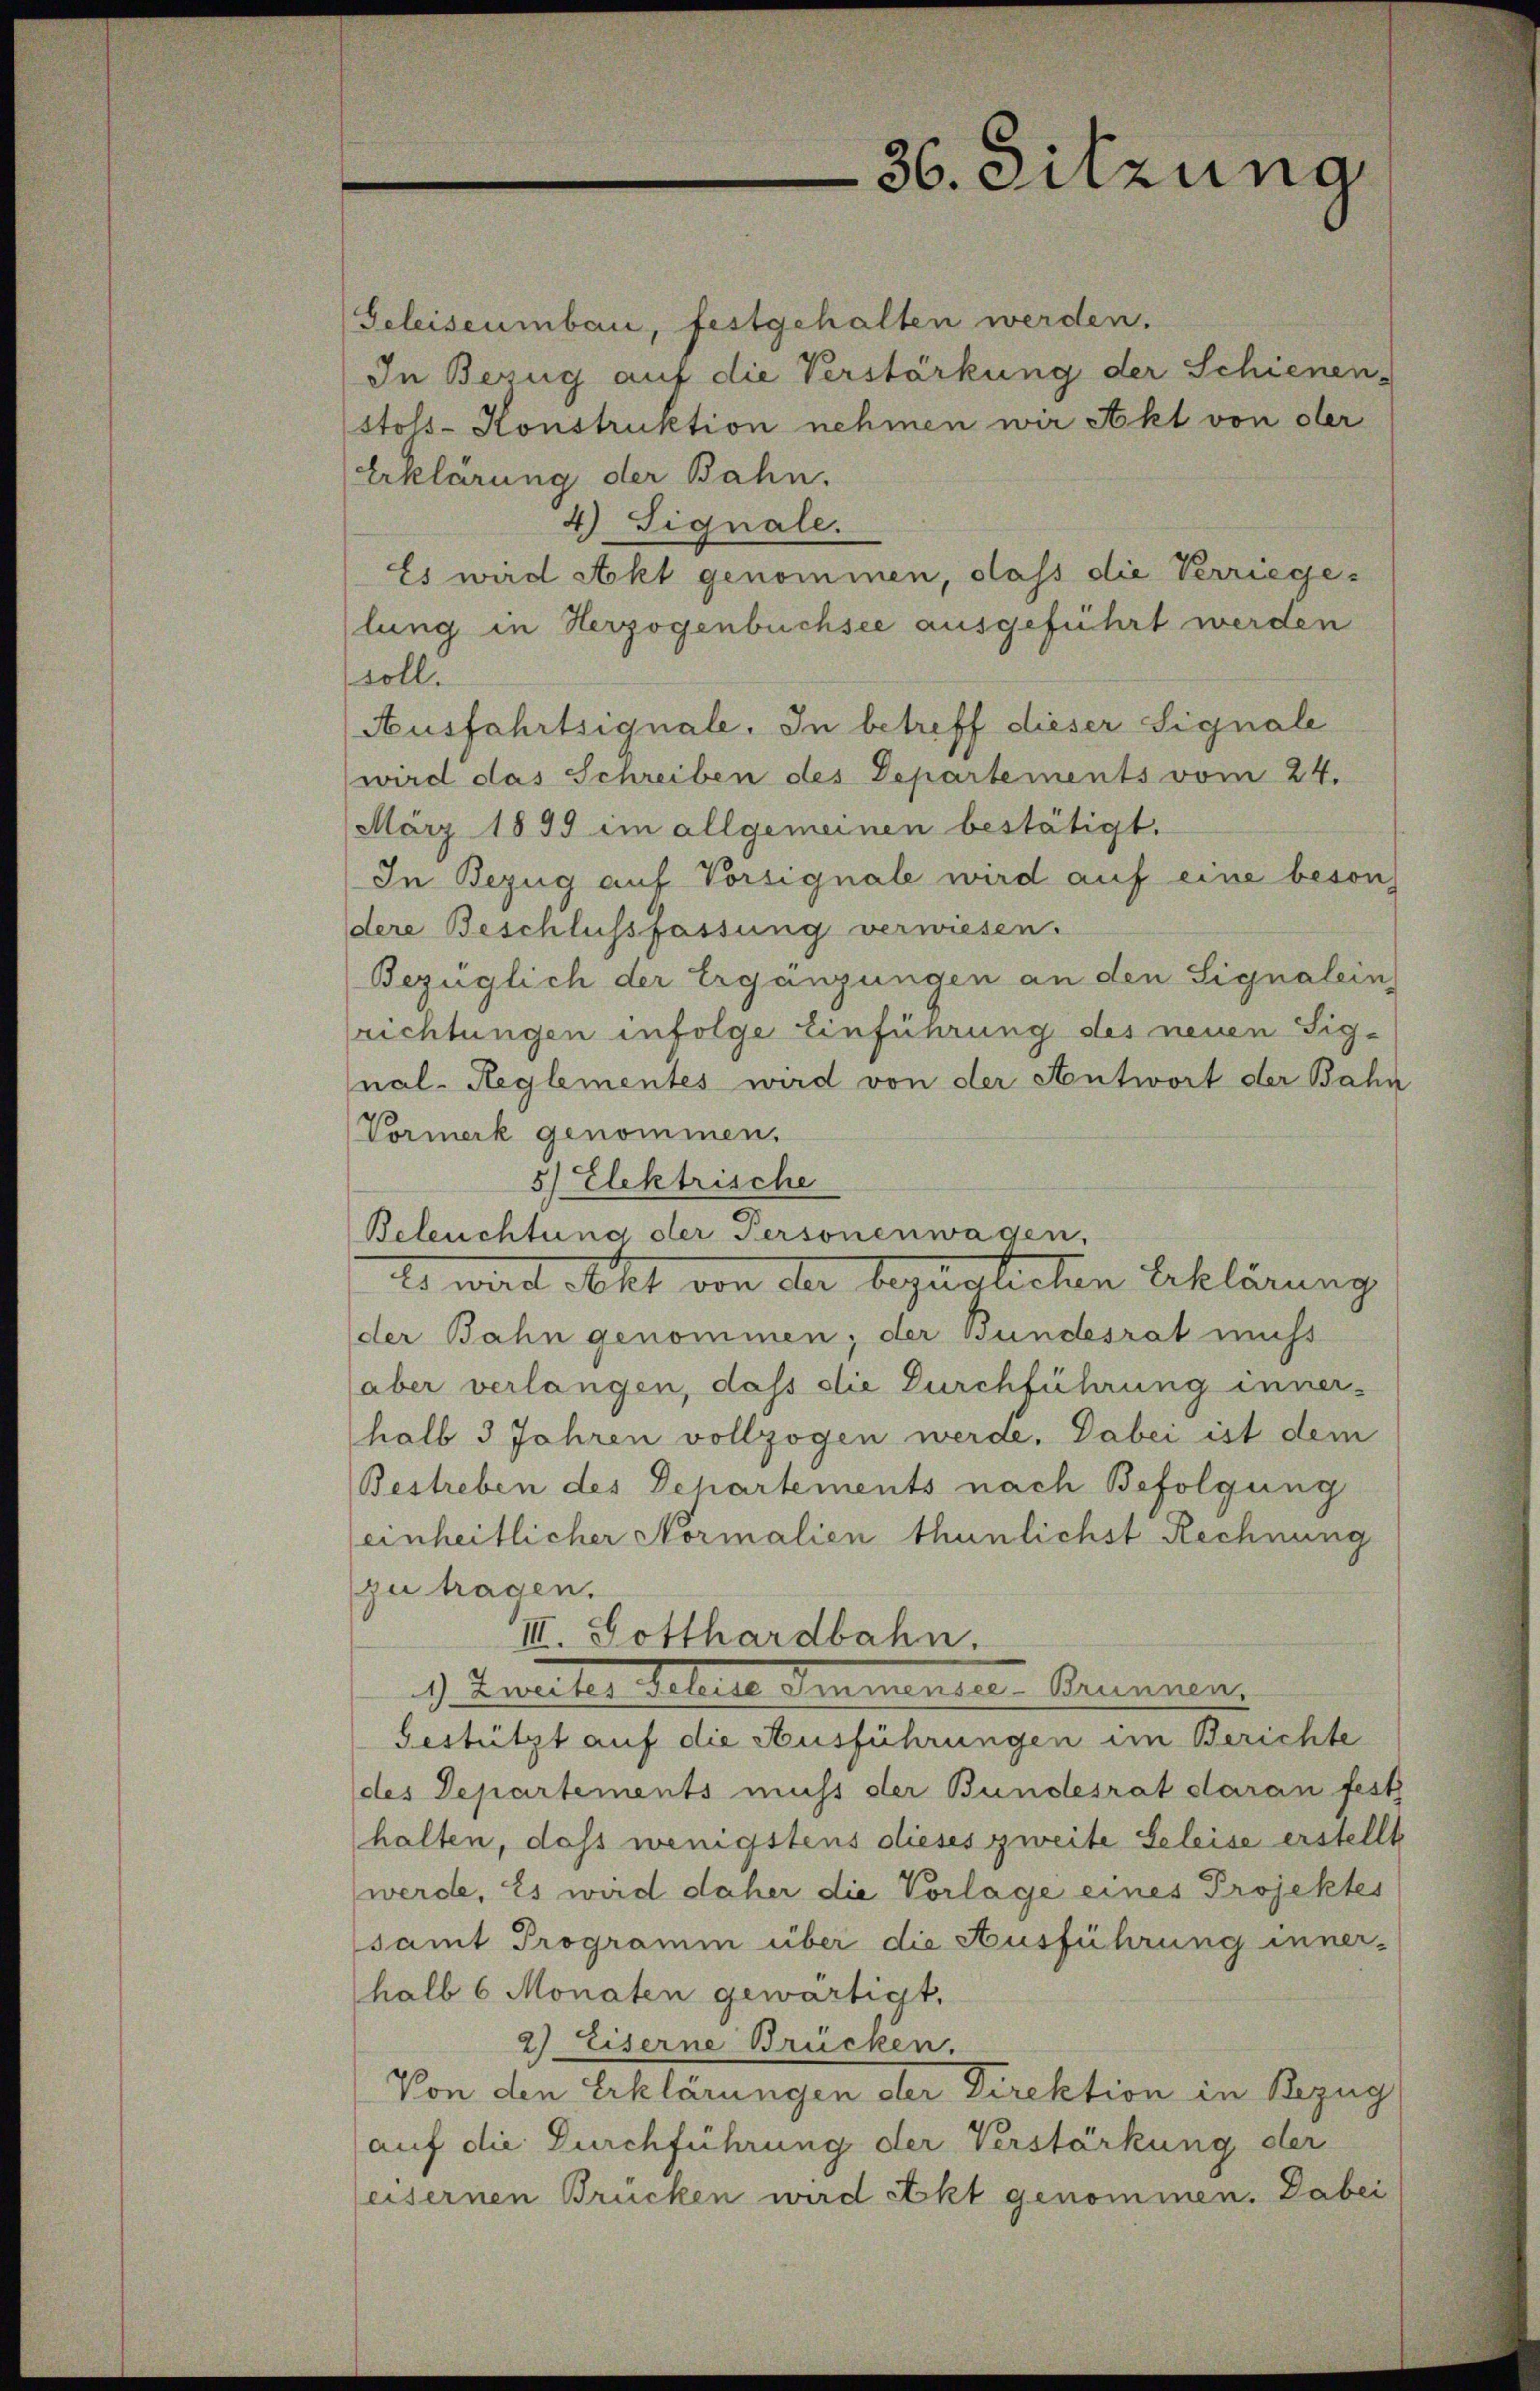
36. Sitzung

Geleiseumbau, festgehalten werden.
In Bezug auf die Verstärkung der Schienen-
stols-Konstruktion nehmen wir Akt von ober
Erklärung der Bahn.
4) Signale.
Es wird Akt genommen, dass die Verriegelung in Herzogenbuchsee ausgeführt werden
soll.
Ausfahrtsignale. In betreff dieser Signale
wird das Schreiben des Departements vom 24.
März 1899 im allgemeinen bestätigt.
In Bezug auf Vorsignale wird auf eine beson
dere Beschlussfassung verwiesen.
Bezüglich der Ergänzungen an den Signalein,
richtungen infolge Einführung des neuen Signal-Reglementes wird von der Antwort der Bahn
Vormerk genommen.
5) Elektrische
Beleuchtung der Personenwagen.
Es wird Akt von der bequalicten Erklärung
der Bahn genommen; der Bundesrat nicht
aber verlangen, dass die Durchführung inner-
halb 3 Jahren vollzogen werde. Dabei ist dem
Bestreben des Departements nach Befolgung
einheitlicher Normalien thunlichst Rechnung
zu tragen.
III. Gotthardbahn.
9. Zweiter Schule dramanten Armenen.
Gestützt auf die Ausführungen im Berichte
des Departements muss der Bundesrat daran fest
halten, dass wenigstens dieses zweite Geleise erstellt
werde, Es wird daher die Vorlage eines Projektes
samt Programm über die Ausführung inner-
halb 6 Monaten gewärtigt.
2) Eiserne Brücken.
Von den Erklärungen der Direktion in Bezug
auf die Durchführung der Verstärkung der
eisernen Brücken wird Akt genommen. Dabei